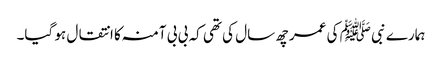
ہمارے نبی ﷺ کی عمر چھ سال کی تھی کہ بی بی آمنہ کا انتقال ہو گیا۔